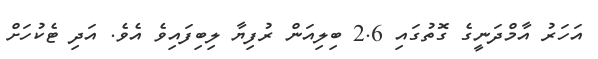
އަހަރު އާމްދަނީގެ ގޮތުގައި 2.6 ބިލިއަން ރުފިޔާ ލިބިފައިވެ އެވެ. އަދި ޓެކުހަށް